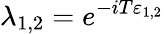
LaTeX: \lambda_{1,2}=e^{-iT\varepsilon_{1,2}}